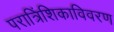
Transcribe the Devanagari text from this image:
परात्रिंशिकाविवरण